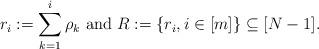
LaTeX: \begin{align*} r_i:=\sum_{k=1}^i {\rho _k}\mbox{ and }R:=\{r_i, i\in [m]\}\subseteq [N-1]. \end{align*}